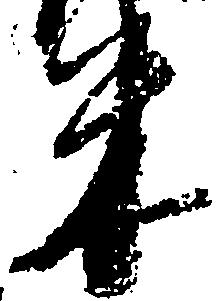
米